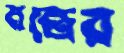
মন্ত্রের